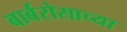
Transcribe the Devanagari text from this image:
बार्बरोसाच्या